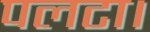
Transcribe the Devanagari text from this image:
पलटा।